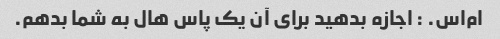
ام‌اس. : اجازه بدهید برای آن یک پاس هال به شما بدهم.